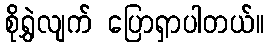
စိုရွှဲလျက် ပြောရှာပါတယ်။